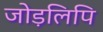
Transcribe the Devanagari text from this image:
जोड़लिपि